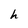
Character: h